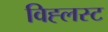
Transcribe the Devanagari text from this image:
विह्लस्ट